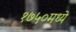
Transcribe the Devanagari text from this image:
१७५०मध्ये